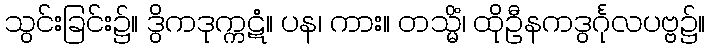
သွင်းခြင်း၌။ ဒွိကဒုက္ကဋံ။ ပန၊ ကား။ တသ္မိံ၊ ထိုဦနကဒွင်္ဂုလပဗ္ဗ၌။